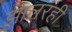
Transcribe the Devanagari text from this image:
झालरही